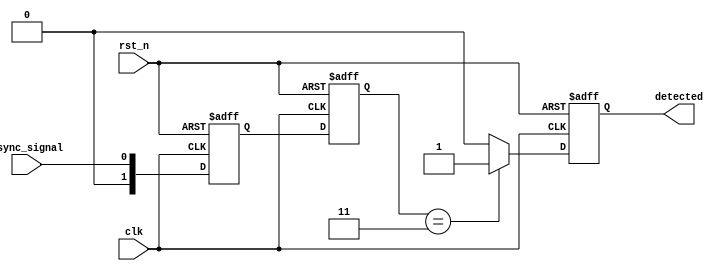
module dual_ff_detector (
    input wire clk,                // Clock signal
    input wire rst_n,              // Active low reset
    input wire async_signal,       // Asynchronous input signal
    output reg detected            // Output signal indicating pattern detection
);

    // State definitions
    reg [1:0] ff1, ff2;            // Dual flip-flops
    reg [1:0] state;               // Current state
    reg [1:0] next_state;          // Next state
    reg [1:0] memory_block;        // Memory block for storing intermediate states

    // Pattern to detect (example: 2'b11)
    localparam PATTERN = 2'b11;

    // State transition logic
    always @(posedge clk or negedge rst_n) begin
        if (!rst_n) begin
            ff1 <= 2'b00;
            ff2 <= 2'b00;
            detected <= 1'b0;
            memory_block <= 2'b00;
        end else begin
            // Synchronize input signal with dual flip-flops
            ff1 <= async_signal;
            ff2 <= ff1;

            // Store the current state in memory block
            memory_block <= {ff2, ff1};

            // State machine for pattern detection
            case (memory_block)
                PATTERN: begin
                    detected <= 1'b1; // Pattern detected
                end
                default: begin
                    detected <= 1'b0; // No pattern detected
                end
            endcase
        end
    end

endmodule